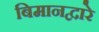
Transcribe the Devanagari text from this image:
बिमानद्वारे